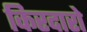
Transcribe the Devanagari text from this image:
किरदारो